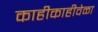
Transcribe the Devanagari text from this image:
काहीकाहीवेळा